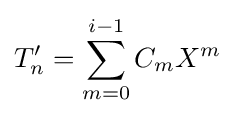
T'_{n}=\sum _{m=0}^{i-1}C_{m}X^{m}